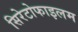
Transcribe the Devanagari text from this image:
सिरेटोफाइलम